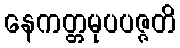
နေကတ္တမုပပဇ္ဇတိ